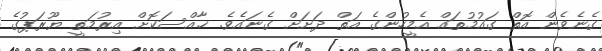
ގެނެވެން އޮތް ގައުމުތައް އެމީހުންގެ އަތް ދަށަށް ގެނައެވެ. ޚާއްސަކޮށް އިރުމަތީ ޔޫރަޕުގެ